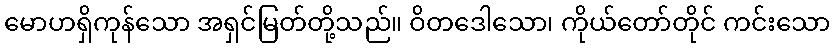
မောဟရှိကုန်သော အရှင်မြတ်တို့သည်။ ဝိတဒေါသော၊ ကိုယ်တော်တိုင် ကင်းသော